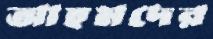
আহমদের